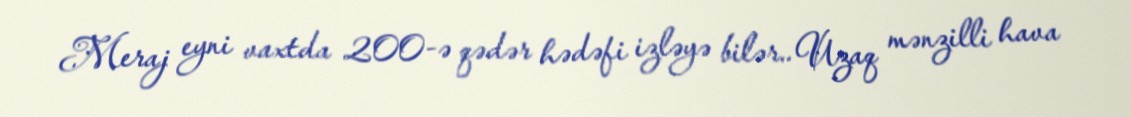
Meraj eyni vaxtda 200-ə qədər hədəfi izləyə bilər.. Uzaq mənzilli hava